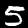
Digit: 5